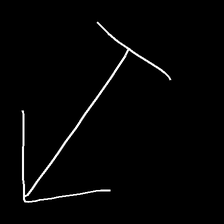
Glyph: levitation